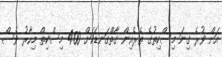
އަށް ވުރެ ގިނަ މިސްކިތުގެ ތެރެއިން ގާތްގަނޑަކަށް 400 މިސްކިތް މިހާރު ވެސް